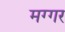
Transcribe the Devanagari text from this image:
मग्गर